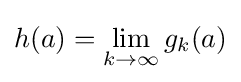
h(a)=\lim \limits _{k\rightarrow \infty }g_{k}(a)